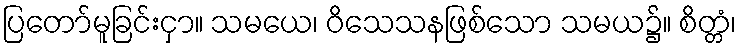
ပြတော်မူခြင်းငှာ။ သမယေ၊ ဝိသေသနဖြစ်သော သမယ၌။ စိတ္တံ၊